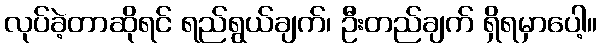
လုပ်ခဲ့တာဆိုရင် ရည်ရွယ်ချက်၊ ဦးတည်ချက် ရှိရမှာပေါ့။